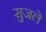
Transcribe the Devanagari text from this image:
सुजले